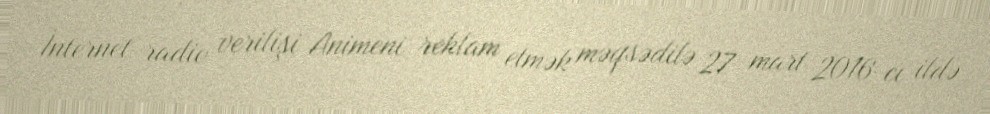
İnternet-radio verilişi Animeni reklam etmək məqsədilə 27 mart 2016-cı ildə